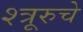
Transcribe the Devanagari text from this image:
श्त्रूरुचे